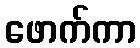
ဖောက်ကာ